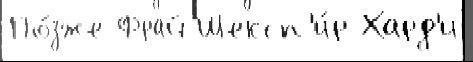
По́зже Фрай Шексп'и́р Хард'и